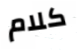
كلام